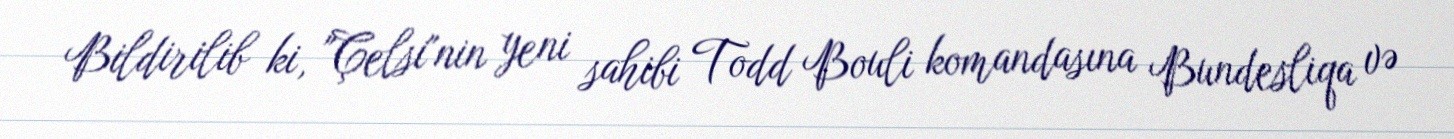
Bildirilib ki, "Çelsi"nin yeni sahibi Todd Bouli komandasına Bundesliqa və